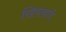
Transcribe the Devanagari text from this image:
खिचवाने